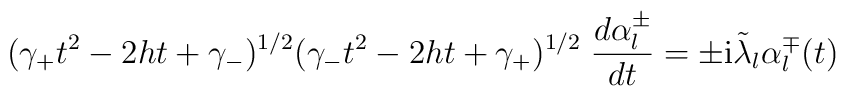
(\gamma_{+} t^2 -2ht + \gamma_{-})^{1/2} (\gamma_{-} t^2 -2ht +\gamma_{+})^{1/2} \; \frac{d\alpha_l^{\pm}}{dt} =\pm {\rm i} \tilde{\lambda}_l \alpha^{\mp}_l(t)